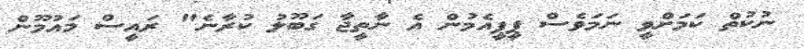
ނުކުތް ކަމަށްވީ ނަމަވެސް ޕީޕީއެމުން އެ ނާތީޖާ ގަބޫލު ކުރާނެ" ރައީސް މައުމޫން